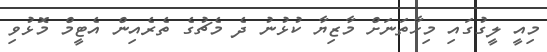
މިއީ ލީގުގައި މިހާތަނަށް މާޒިޔާ ކުޅުނު ދެ މެޗުގެ ތެރެއިން އެޓީމް މޮޅުވި